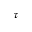
\tau